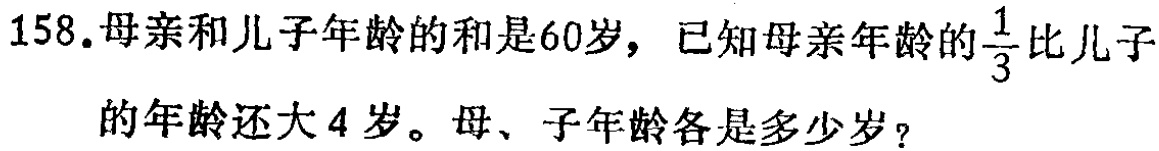
158.母亲和儿子年龄的和是60岁，已知母亲年龄的$\frac{1}{3}$比儿子的年龄还大4岁。母、子年龄各是多少岁？